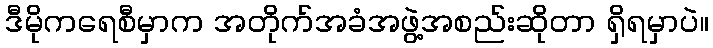
ဒီမိုကရေစီမှာက အတိုက်အခံအဖွဲ့အစည်းဆိုတာ ရှိရမှာပဲ။